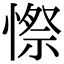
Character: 憏